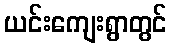
ယင်းကျေးရွာတွင်